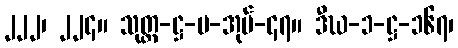
၂၂၂၊ ၂၂၄။ သုတ္တ-ဋ္ဌ-ပ-အုပ်-၄၇။ ဒီဃ-၁-ဋ္ဌ-၁၆၇၊